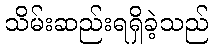
သိမ်းဆည်းရရှိခဲ့သည်